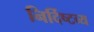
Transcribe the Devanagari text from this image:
निर्दिष्टव्य